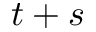
t + s